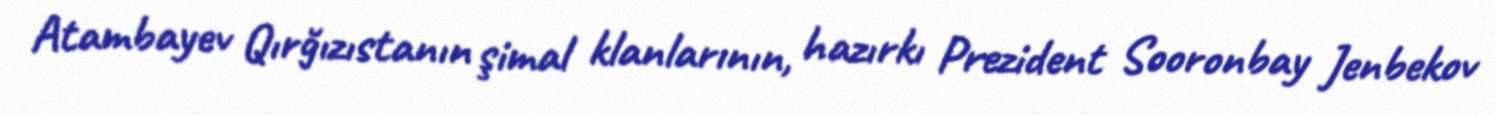
Atambayev Qırğızıstanın şimal klanlarının, hazırkı Prezident Sooronbay Jenbekov